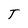
Character: T